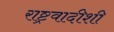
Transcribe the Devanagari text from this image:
राष्ट्रवादीशी